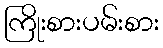
ကြိုးစားပမ်းစား